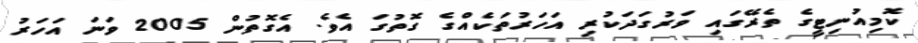
ކޮމިއުނިޓީގެ ތެރޭގައި ވަރުގަދަކުރި އަހަރުތަކެއްގެ ގޮތުގަ އެވެ. އެގޮތުން 2005 ވަނަ އަހަރު